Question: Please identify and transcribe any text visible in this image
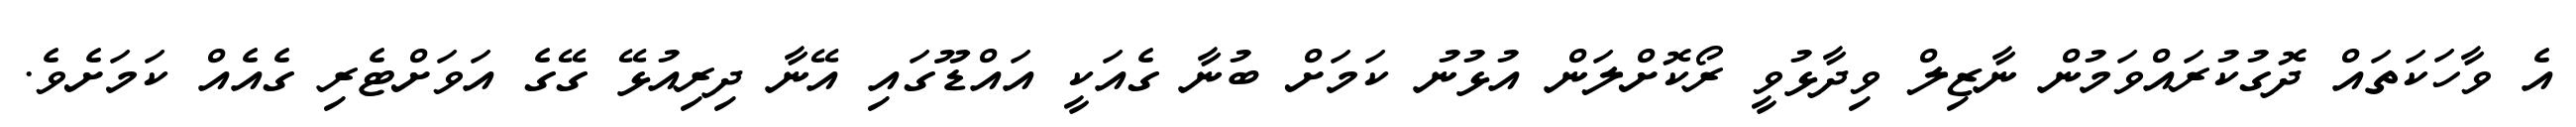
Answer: އެ ވާހަކަތައް ދޮގުކުރައްވަމުން ނާޒިލް ވިދާޅުވީ ރޯކޮށްލަން އުޅުނު ކަމަށް ބުނާ ގެއަކީ އައްޑޫގައި އޭނާ ދިރިއުޅޭ ގޭގެ އަވަށްޓެރި ގެއެއް ކަމަށެވެ.